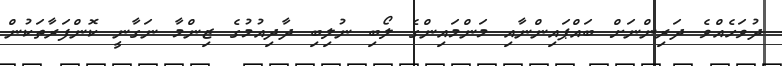
ދުވަހެއްވެ ދަރިންނަށް ބައްޕައިންނާއި މަންމައިންގެ ލޯބި ނުލިބި ދާދިއުމުގެ ޒިންމާ ނަގާނީ ކޮންފަރާތަކުން